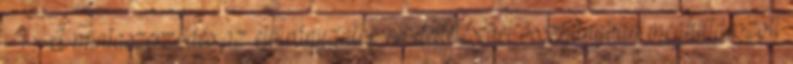
§ 1 A mintaszerződés az előirányzatok rendeltetésével összhangban meghatározott